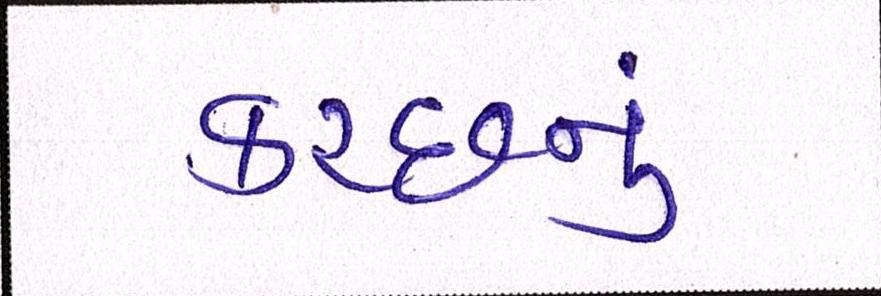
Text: કચ્છનું